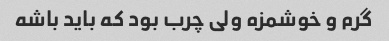
گرم و خوشمزه ولی چرب بود که باید باشه